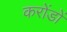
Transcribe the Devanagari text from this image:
करोंडों